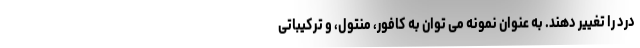
درد را تغییر دهند. به عنوان نمونه می توان به کافور، منتول، و ترکیباتی